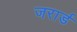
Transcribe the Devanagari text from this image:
जरार्ड